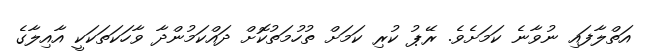
އަތްލާފައި ނުވާނެ ކަމަށެވެ. ރޭޕު ކުރި ކަމަށް ތުހުމަތުކޮށް ދައްކަމުންދާ ވާހަކަތަކަކީ އާއިލާގެ